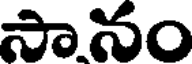
సానం